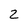
Character: 2